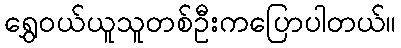
ရွှေဝယ်ယူသူတစ်ဦးကပြောပါတယ်။